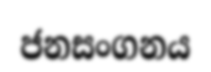
ජනසංගනය